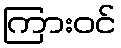
ကြားဝင်